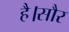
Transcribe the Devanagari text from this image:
है।सौर